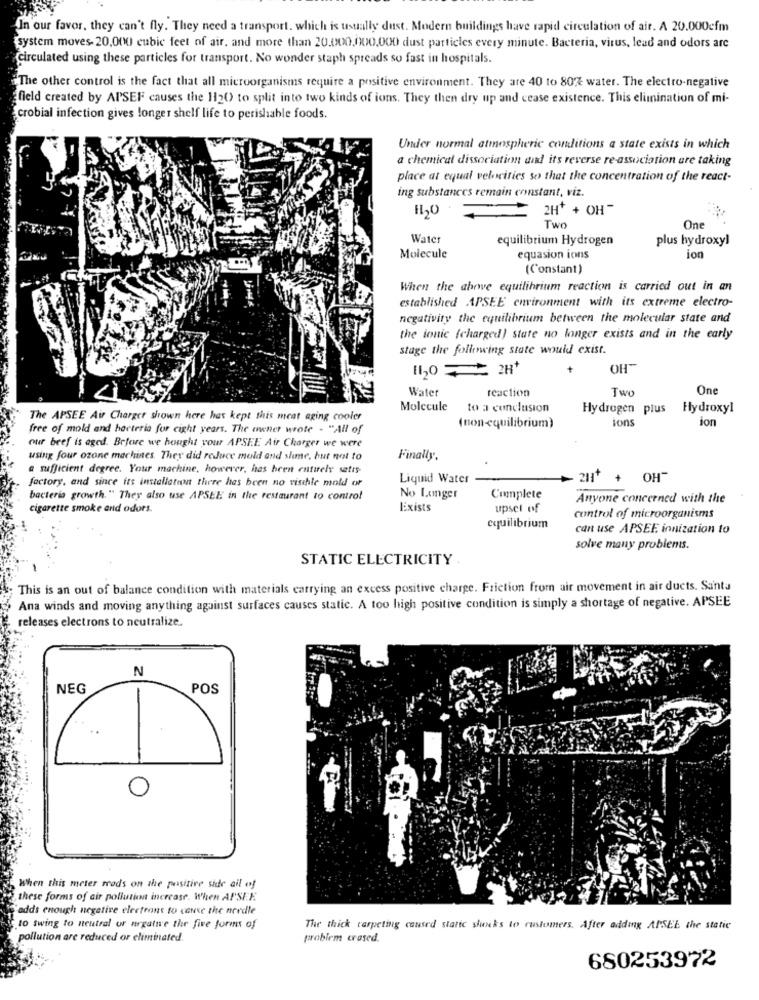
In our favor, they can't fly. They need a transport. which is usually dust. Modern buildings have rapid circulation of air. A 20.000cfm
system moves- 20,000 cubic feet of air, and more than 20.000.000.000 dust particles every minute. Bacteria, virus, lead and odors are
Circulated using these particles for transport. No wonder staph spreads so fast in hospitals.
The other control is the fact that all microorganisms require a positive environment. They are 40 to 80% water. The electro-negative
field created by APSEF causes the 120 to split into two kinds of ions. They then dry up and cease existence. This elimination of mi-
crobial infection gives longer shelf life to perishable foods.
Under normal atmospheric conditions a state exists in which
a chemical dissociation and its reverse re-association are taking
place at equal velocities so that the concentration of the react-
ing substances remain constant, viz.
2H+ + OH-
H20
Two
One
Water
equilibrium Hydrogen
plus hydroxyl
Molecule
equasion ions
ion
(Constant)
When the above equilibrium reaction is carried out in an
established APSEE environment with its extreme electro-
negativity the equilibrium between the molecular state and
the ionic (charged) state no longer exists and in the early
stage the following state would exist.
-HO
[120 2H+
+
Water
reaction
Two
One
Molecule
to a conclusion
Hydrogen plus
Hydroxyl
The APSEE Air Charger shown here has kept this meat aging cooler
(non-equilibrium)
ons
ion
free of mold and horteria for eight years. The owner wrote - "All of
our beef is aged. Before we hought your APSEE Air Charger we were
using four ozone machines. They did reduce mold and shime, but not to
Finally,
a sufficient degree. Your machine, however, has been entirely satis-
factory, and since its installation there has been no vischle mold or
Liquid Water
2H+ + OH
bacteria growth." They also use APSEE in the restaurant to control
No Longer
Complete
Anyone concerned with the
cigarette smoke and odors.
Exists
upset of
control of microorganisms
equilibrium
can use APSEE ionization to
solve many problems.
STATIC ELECTRICITY
This is an out of balance condition with materials carrying an excess positive charge. Friction from air movement in air ducts. Santa
Ana winds and moving anything against surfaces causes static. A too high positive condition is simply a shortage of negative. APSEE
releases electrons to neutralize.
N
NEG
POS
-
O
When this meter mods on the positive side all of
these forms of air pollution increase. When AISEE.
adds enough negative electrons to cause the needle
to swing to neutral or negative the five forms of
The thick carpeting caused static shucks to customers. After adding APSEE the static
pollution are reduced or eliminated.
problem crased.
680253972